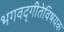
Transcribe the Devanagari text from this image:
भगवद्‌गीतेविषयक